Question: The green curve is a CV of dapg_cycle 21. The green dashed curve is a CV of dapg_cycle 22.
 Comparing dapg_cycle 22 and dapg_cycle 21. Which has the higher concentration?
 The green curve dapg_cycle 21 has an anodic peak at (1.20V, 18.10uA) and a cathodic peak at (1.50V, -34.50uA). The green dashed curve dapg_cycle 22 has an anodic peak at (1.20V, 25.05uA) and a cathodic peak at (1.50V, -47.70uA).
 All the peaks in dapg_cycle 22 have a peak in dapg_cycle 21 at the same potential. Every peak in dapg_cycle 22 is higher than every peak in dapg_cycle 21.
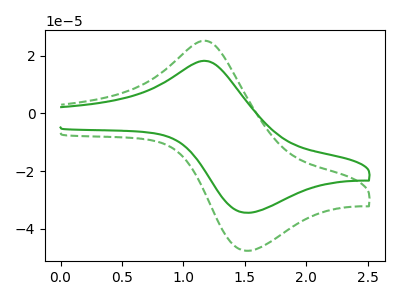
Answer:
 <answer>"dapg_cycle 22" has more signal than "dapg_cycle 21" and so likely has a higher concentration.</answer>
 <eval>more_concentration</eval>